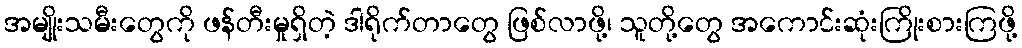
အမျိုးသမီးတွေကို ဖန်တီးမှုရှိတဲ့ ဒါရိုက်တာတွေ ဖြစ်လာဖို့၊ သူတို့တွေ အကောင်းဆုံးကြိုးစားကြဖို့